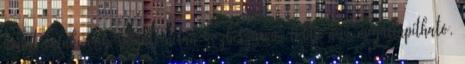
amint valaki még reagál, netán közbeszúrva, többé nem megállapítható,